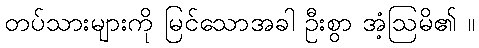
တပ်သားများကို မြင်သောအခါ ဦးစွာ အံ့ဩမိ၏ ။